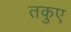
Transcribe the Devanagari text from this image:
तकुए